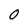
Character: 0